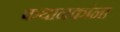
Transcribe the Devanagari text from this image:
कथानकांना